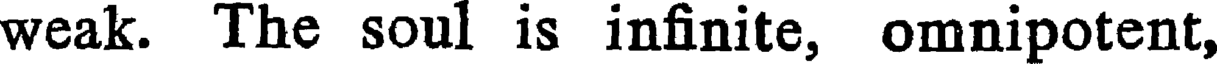
weak. The soul is infinite, omnipotent,